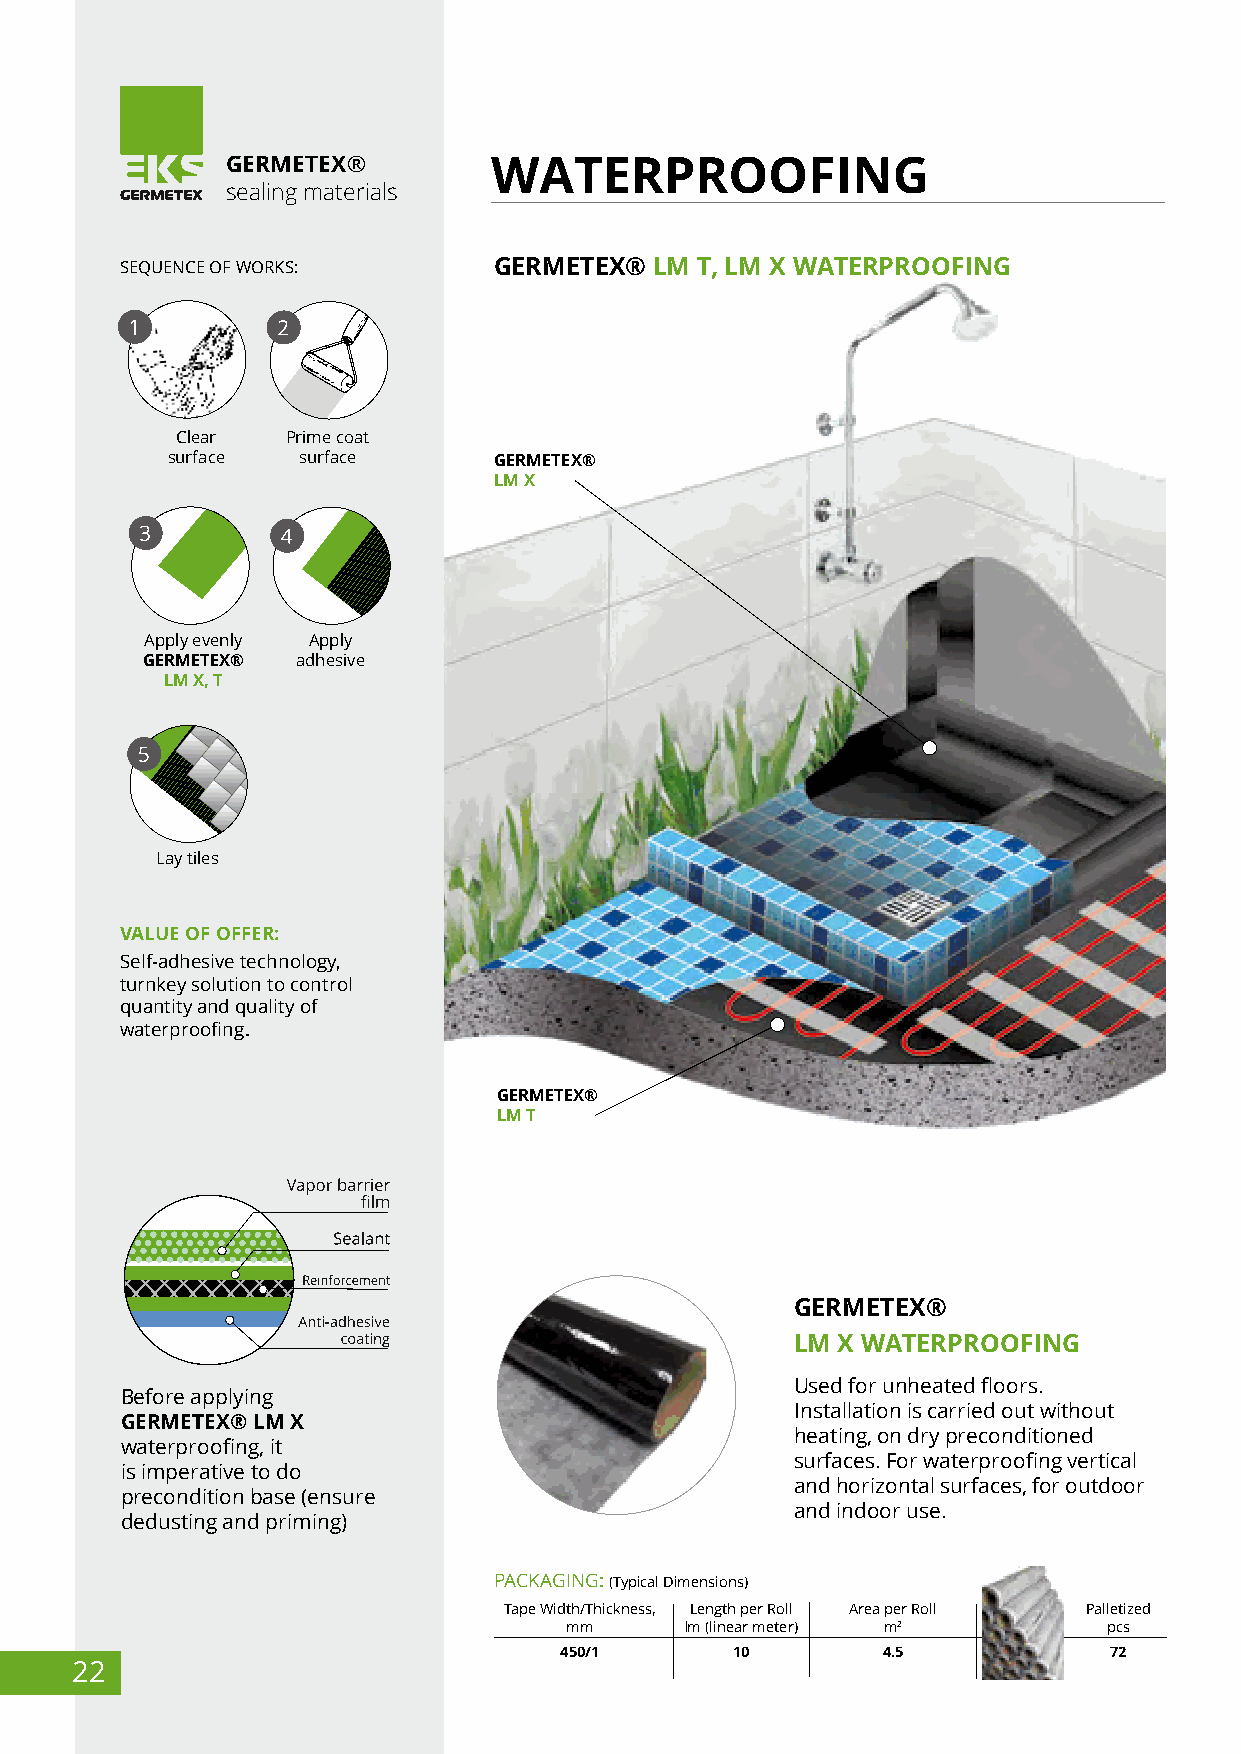
GERMETEХ®        WATERPROOFING
 sealing materials
 SEQUENCE OF WORKS:       GERMETEХ® LM Т, LM Х WATERPROOFING
 Clear  Prime coat
 surface  surface      GERMETEХ®
 LM Х
 Apply evenly Apply
 GERMETEХ®  adhesive
 LM Х, Т
 Lay tiles
 VALUE OF OFFER:
 Self-adhesive technology,
 turnkey solution to control
 quantity and quality of
 waterproofing.
 GERMETEХ®
 LM Т
 GERMETEХ®
 LM Х WATERPROOFING
 Used for unheated floors.
 Before applying
 Installation is carried out without
 GERMETEX® LM X
 heating, on dry preconditioned
 waterproofing, it
 surfaces. For waterproofing vertical
 is imperative to do
 and horizontal surfaces, for outdoor
 precondition base (ensure
 and indoor use.
 dedusting and priming)
 PACKAGING: (Typical Dimensions)
 Tape Width/Thickness, Length per Roll Area per Roll Palletized
 mm      lm (linear meter) m2        pcs
 450/1      10        4.5            72
 22